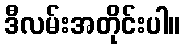
ဒီလမ်းအတိုင်းပါ။